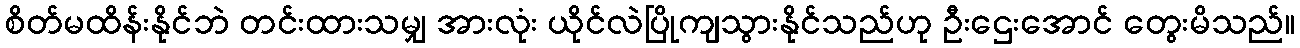
စိတ်မထိန်းနိုင်ဘဲ တင်းထားသမျှ အားလုံး ယိုင်လဲပြိုကျသွားနိုင်သည်ဟု ဦးဌေးအောင် တွေးမိသည်။